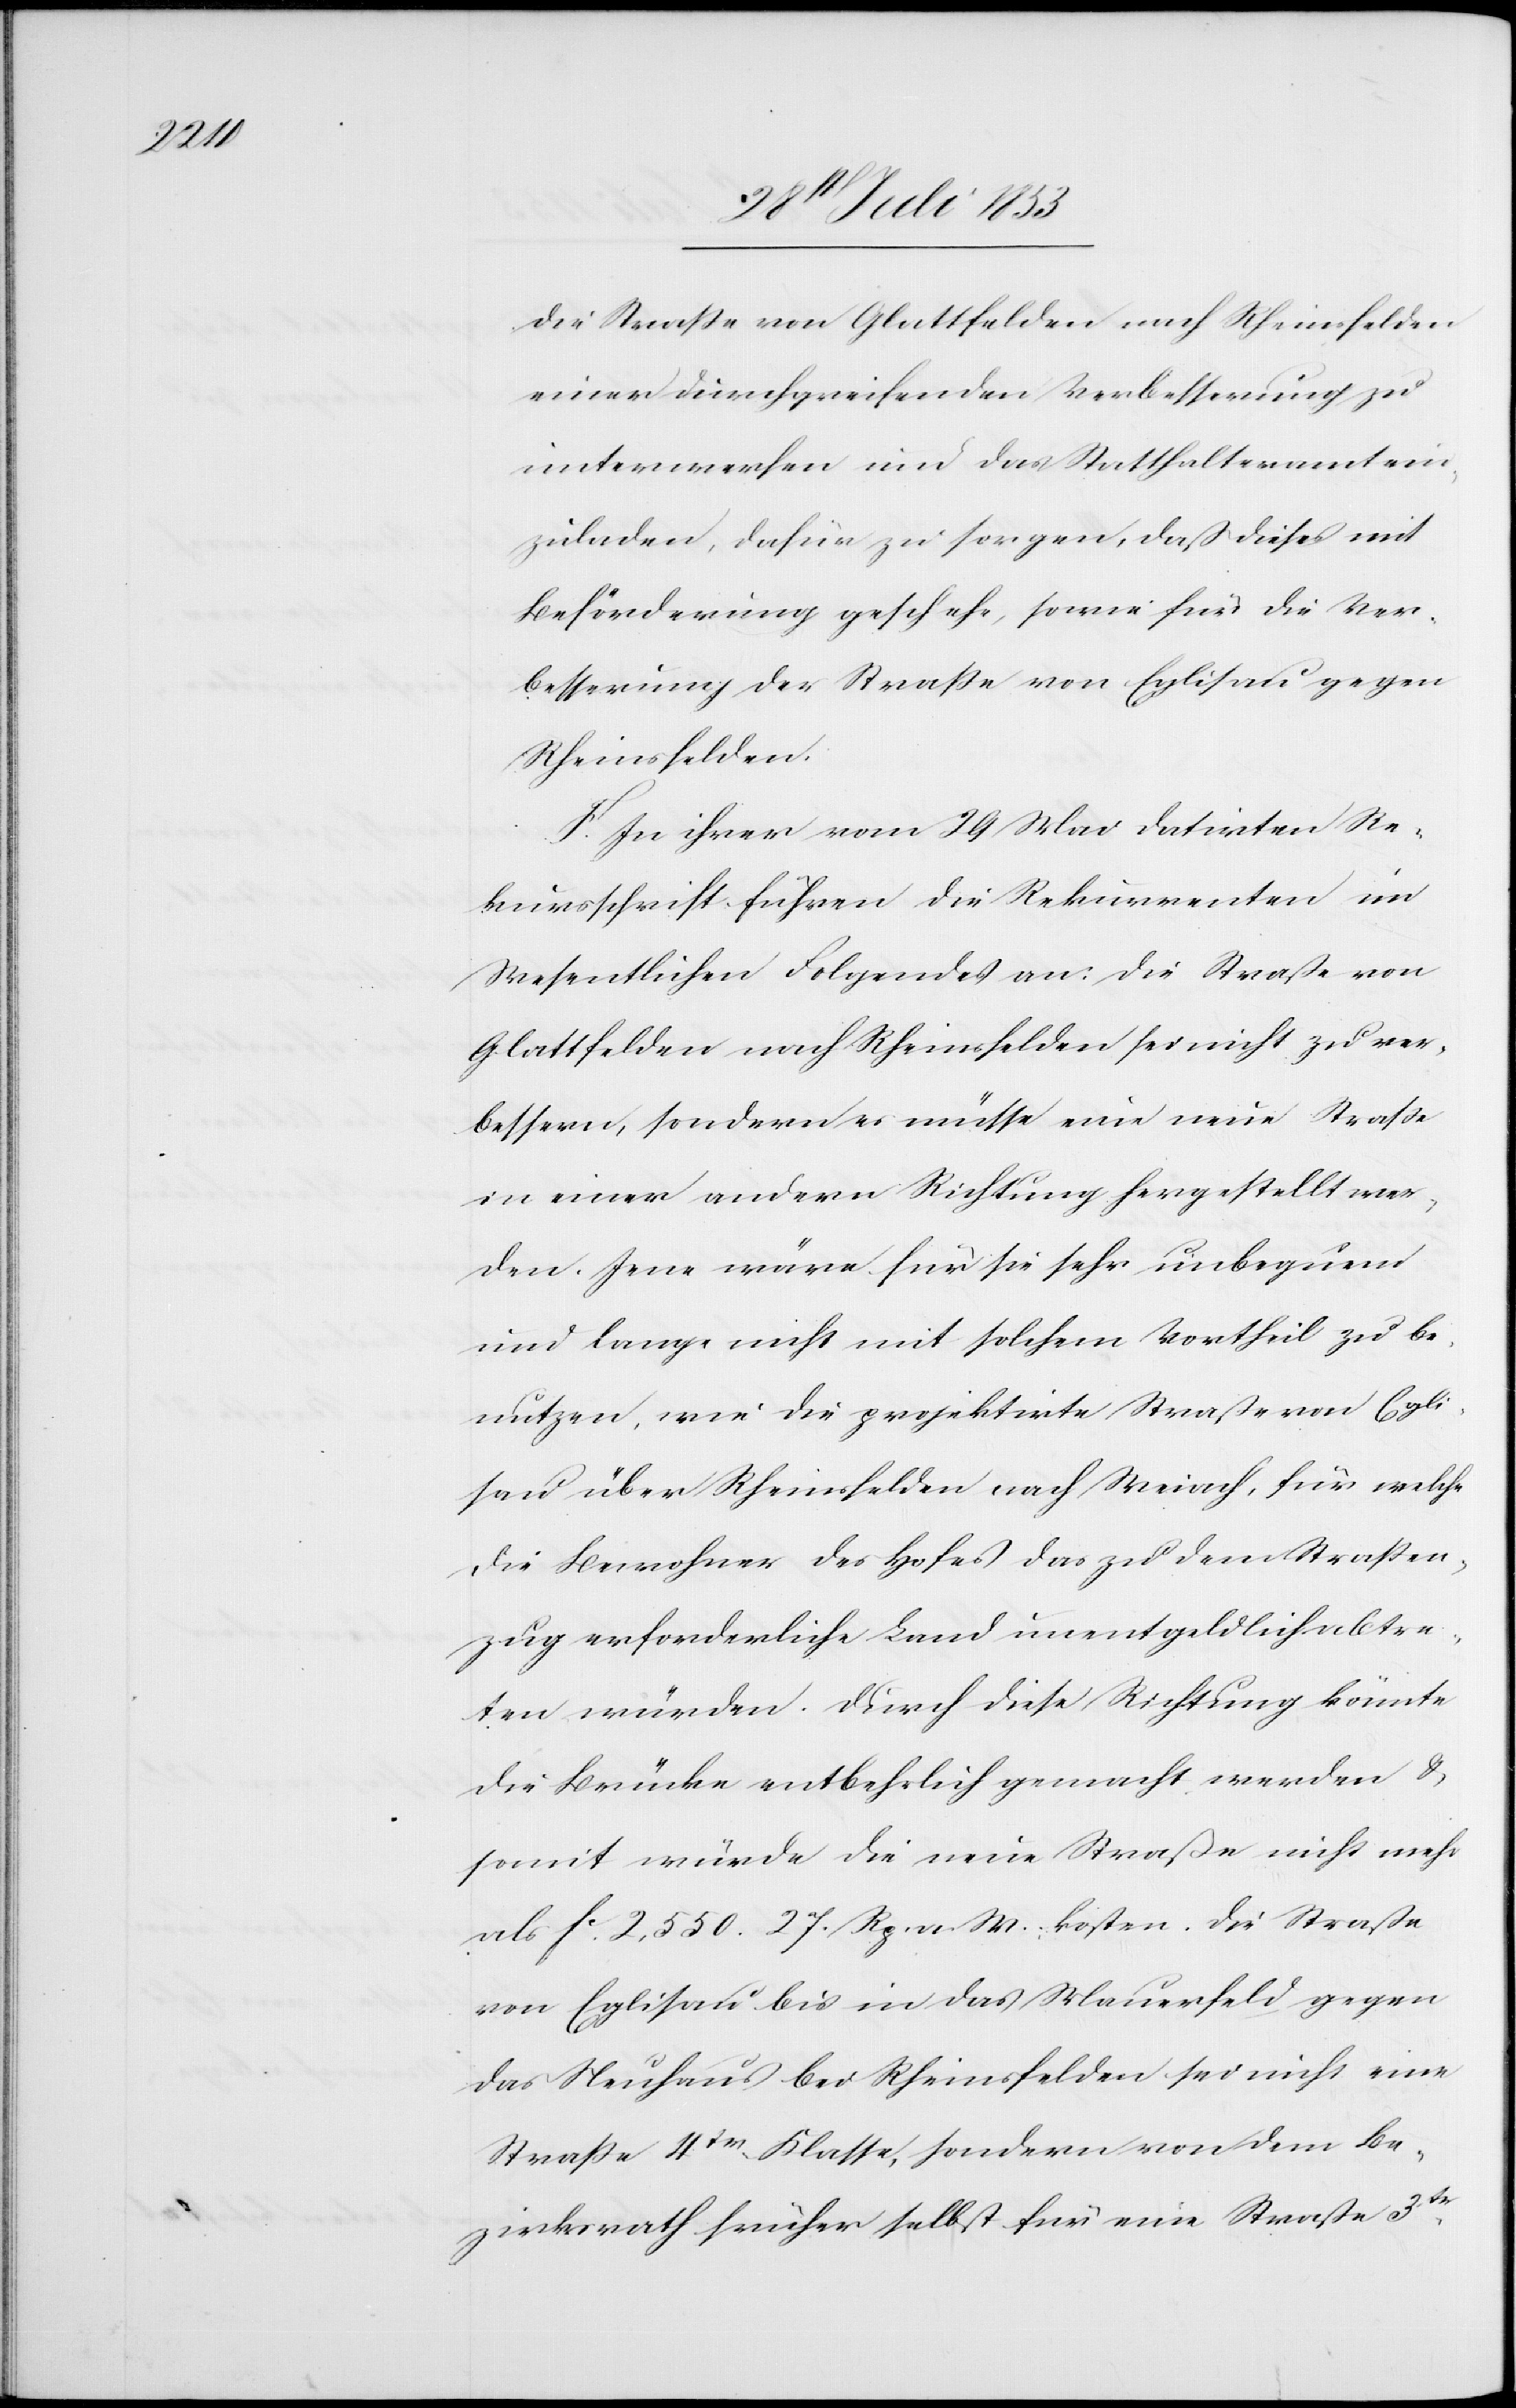
die Straße von Glattfelden nach Rheinsfelden
einer durchgreifenden Verbesserung zu
unterwerfen und das Statthalteramt ein¬
zuladen, dafür zu sorgen, daß dieses mit
Beförderung geschehe, sowie für die Ver¬
besserung der Straße von Eglisau gegen
Rheinsfelden.
F. In ihrer vom 29 Mai datirten Re¬
kursschrift führen die Rekurrenten im
Wesentlichen Folgendes an: die Straße von
Glattfelden nach Rheinfelden sei nicht zu ver¬
bessern, sondern es müsse eine neue Straße
in einer andern Richtung hergestellt wer¬
den. Jene wäre für sie sehr unbequem
und lange nicht mit solchem Vortheil zu be¬
nutzen, wie die projektirte Straße von Egli¬
sau über Rheinsfelden nach Weiach, für welche
die Bewohner des Hofes das zu dem Straßen¬
zug erforderliche Land unentgeldlich abtre¬
ten würden. Durch diese Richtung könnte
die Brücke entbehrlich gemacht werden u.
somit würde die neue Straße nicht mehr
als fc 2550. 27 Rp. a. W. kosten. Die Straße
von Eglisau bis in das Mauerfeld gegen
das Neuhaus bei Rheinsfelden sei nicht eine
Straße 4tr Klasse, sondern von dem Be¬
zirksrath früher selbst für eine Straße 3tr